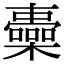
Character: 𣟏